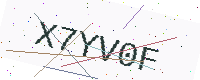
Text: X7YV0F